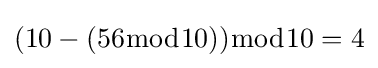
(10-(56{\bmod {1}}0)){\bmod {1}}0=4